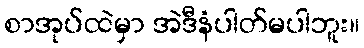
စာအုပ်ထဲမှာ အဲဒီနံပါတ်မပါဘူး။